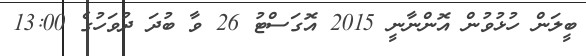
ބީލަން ހުޅުވުން އޮންނާނީ 2015 އޮގަސްޓު 26 ވާ ބުދަ ދުވަހުގެ 13:00